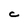
Character: C